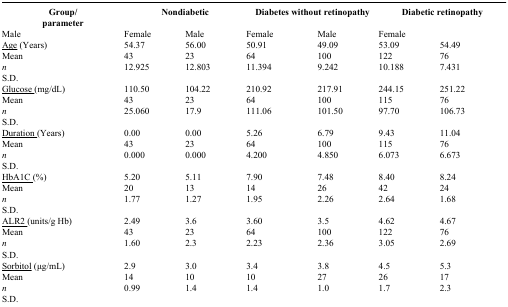
| <ROWSPAN=2> Group/ parameter | <COLSPAN=2> Nondiabetic | <COLSPAN=2> Diabetes without retinopathy | <COLSPAN=2> Diabetic retinopathy |
 | --- | --- | --- | --- | --- | --- | --- |
 | Male | Female | Male | Female | Male | Female |
 | <underline>Age</underline> (Years) Mean n S.D. | 54.37 43 12.925 | 56.00 23 12.803 | 50.91 64 11.394 | 49.09 100 9.242 | 53.09 122 10.188 | 54.49 76 7.431 |
 | <underline>Glucose </underline>(mg/dL) Mean n S.D. | 110.50 43 25.060 | 104.22 23 17.9 | 210.92 64 111.06 | 217.91 100 101.50 | 244.15 115 97.70 | 251.22 76 106.73 |
 | <underline>Duration </underline>(Years) Mean n S.D. | 0.00 43 0.000 | 0.00 23 0.000 | 5.26 64 4.200 | 6.79 100 4.850 | 9.43 115 6.073 | 11.04 76 6.673 |
 | <underline>HbA1C </underline>(%) Mean n S.D. | 5.20 20 1.77 | 5.11 13 1.27 | 7.90 14 1.95 | 7.48 26 2.26 | 8.40 42 2.64 | 8.24 24 1.68 |
 | <underline>ALR2 </underline>(units/g Hb) Mean n S.D. | 2.49 43 1.60 | 3.6 23 2.3 | 3.60 64 2.23 | 3.5 100 2.36 | 4.62 122 3.05 | 4.67 76 2.69 |
 | <underline>Sorbitol</underline> (μg/mL) Mean n S.D. | 2.9 14 0.99 | 3.0 10 1.4 | 3.4 10 1.4 | 3.8 27 1.0 | 4.5 26 1.7 | 5.3 17 2.3 |